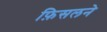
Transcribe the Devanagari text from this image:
फ़िसलने